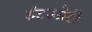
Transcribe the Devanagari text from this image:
इंटरनेटी